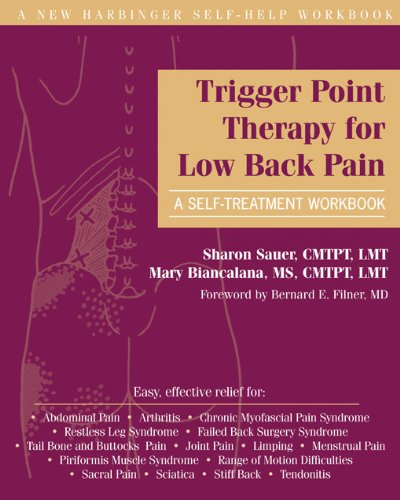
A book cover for Trigger Point Therapy for Low Back Pain: A Self-Treatment Workbook (New Harbinger Self-Help Workbook); Mary Biancalana MS  CMTPT  LMT; Health, Fitness & Dieting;